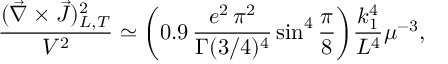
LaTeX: \frac { ( \vec { \nabla } \times \vec { J } ) _ { L , { \cal T } } ^ { 2 } } { V ^ { 2 } } \simeq \biggl ( 0 . 9 \, \frac { e ^ { 2 } \, \pi ^ { 2 } } { \Gamma ( 3 / 4 ) ^ { 4 } } \sin ^ { 4 } { \frac { \pi } { 8 } } \biggr ) \frac { k _ { 1 } ^ { 4 } } { L ^ { 4 } } \mu ^ { - 3 } ,